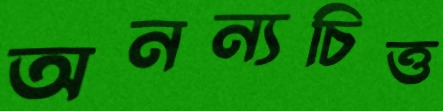
অনন্যচিত্ত